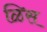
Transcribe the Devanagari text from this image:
ळिस